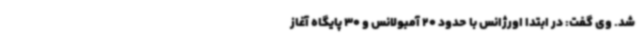
شد. وی گفت: در ابتدا اورژانس با حدود 20 آمبولانس و 30 پایگاه آغاز